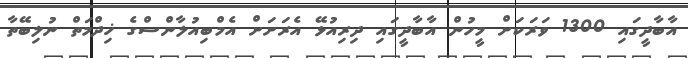
އާބާދީގައި 1300 ވަރަކަށް މީހުން އާބާދީގައި ދިރިއުޅޭ އެރަށަށް އެމްބިއުލާންސްގެ ޚިދްމަތް ނުލިބޭތާ